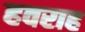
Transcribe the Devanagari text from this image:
हवराह